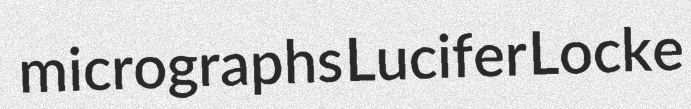
micrographs Lucifer Locke